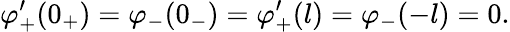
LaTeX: \varphi_{+}^{\prime}(0_{+})=\varphi_{-}(0_{-})=\varphi_{+}^{\prime}(l)=\varphi_{-}(-l)=0.